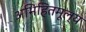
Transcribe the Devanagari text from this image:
अभिहितमूल्य